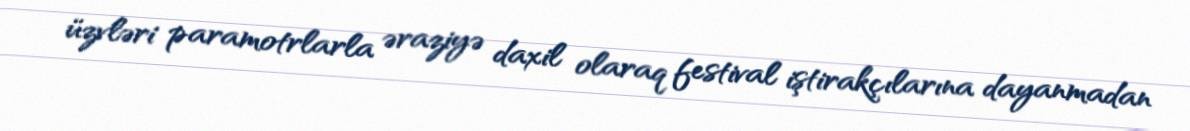
üzvləri paramotrlarla əraziyə daxil olaraq festival iştirakçılarına dayanmadan